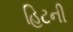
હિટની